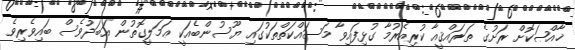
ޚާއްޞަކޮށް ރަށުގެ ތަރައްޤީއާ ކުރިއެރުމާ ގުޅިފައިވާ މަސައްކަތްތަކުގައި ޔޫސުންބެއަކީ ޢަމަލީގޮތުން އަބަދުވެސް ބައިވެރިވެ